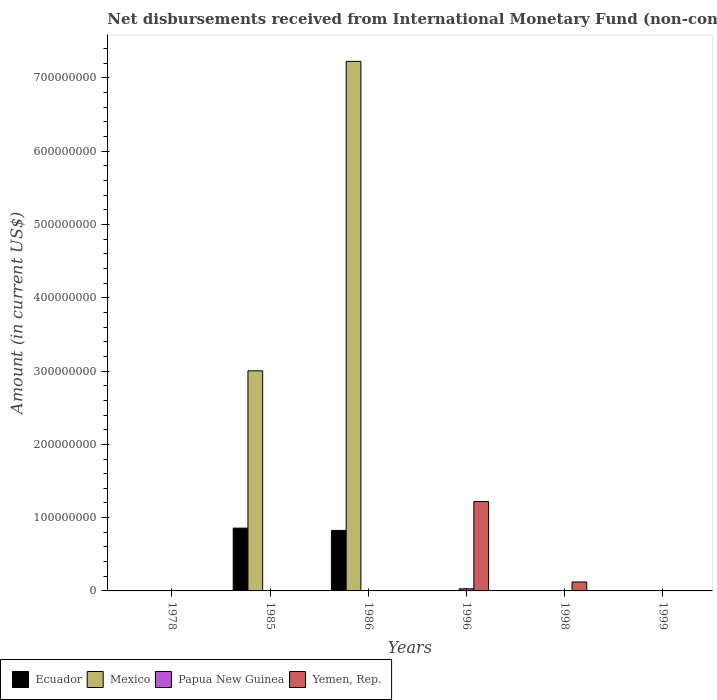
| Years | Ecuador | Mexico | Papua New Guinea | Yemen, Rep. |
 | --- | --- | --- | --- | --- |
 | 1978 | -1.04e+07 | -2.41e+08 | -1.25e+07 | -6.3e+06 |
 | 1985 | 8.57e+07 | 3e+08 | -6.7e+06 | -1.95e+06 |
 | 1986 | 8.26e+07 | 7.23e+08 | -1.18e+07 | -1.33e+07 |
 | 1996 | -2.3e+07 | -2.05e+09 | 2.9e+06 | 1.22e+08 |
 | 1998 | -6.71e+07 | -1.06e+09 | -4.06e+06 | 1.22e+07 |
 | 1999 | -6.76e+07 | -3.68e+09 | -2.28e+07 | -3.76e+06 |